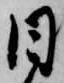
日